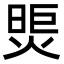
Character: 煚